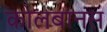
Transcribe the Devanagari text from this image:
कोलंबानस